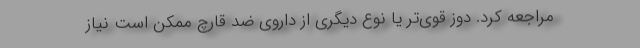
مراجعه کرد. دوز قوی‌تر یا نوع دیگری از داروی ضد قارچ ممکن است نیاز